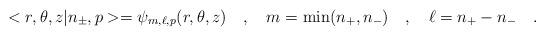
LaTeX: \begin{align*}<r,\theta,z|n_\pm,p>=\psi_{m,\ell,p}(r,\theta,z)\ \ \ ,\ \ \ m={\rm min}(n_+,n_-)\ \ \ ,\ \ \ \ell=n_+-n_-\ \ \ .\end{align*}